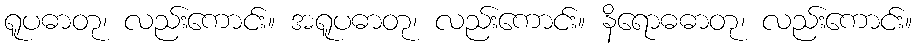
ရူပဓာတု၊ လည်းကောင်း။ အရူပဓာတု၊ လည်းကောင်း။ နိရောဓဓာတု၊ လည်းကောင်း။